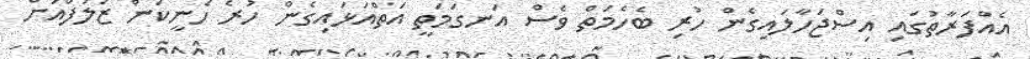
އެއްފަރާތުގައި އިސްޖަހާލައިގެން ހުރި ބެހެމަތް ވެސް އަނގަމަތީ އަތްއަޅައިގެން ހުރެ ހެނީކަން ޒަލަފްއަށް